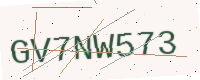
Text: GV7NW573